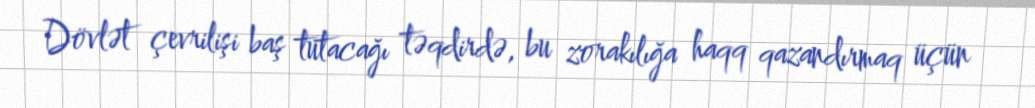
Dövlət çevrilişi baş tutacağı təqdirdə, bu zorakılığa haqq qazandırmaq üçün